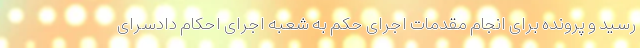
رسید و پرونده برای انجام مقدمات اجرای حکم به شعبه اجرای احکام دادسرای